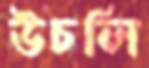
উচলি